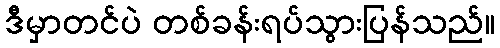
ဒီမှာတင်ပဲ တစ်ခန်းရပ်သွားပြန်သည်။